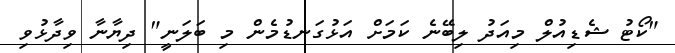
"ކޯޓު ޝެޑިއުލް މިއަދު ލިބޭނެ ކަމަށް އަޅުގަނޑުމެން މި ބަލަނީ" ދިޔާނާ ވިދާޅުވި